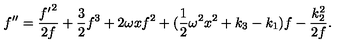
f ^ { \prime \prime } = { \frac { { f ^ { \prime } } ^ { 2 } } { 2 f } } + { \frac { 3 } { 2 } } f ^ { 3 } + 2 \omega x f ^ { 2 } + ( \mathrm { \frac { 1 } { 2 } } \omega ^ { 2 } x ^ { 2 } + k _ { 3 } - k _ { 1 } ) f - { \frac { k _ { 2 } ^ { 2 } } { 2 f } } .